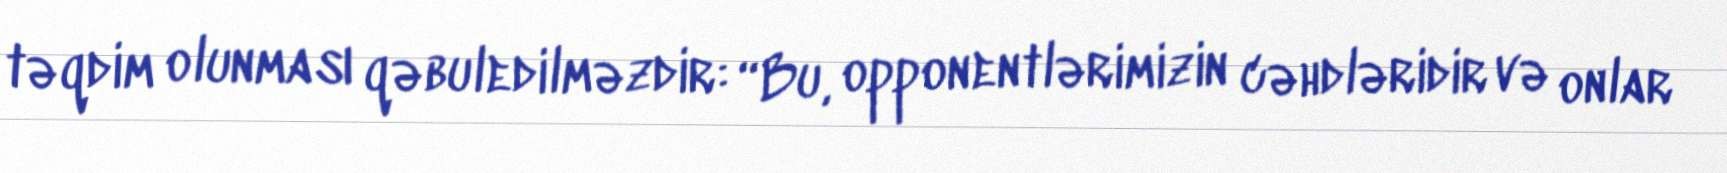
təqdim olunması qəbuledilməzdir: “Bu, opponentlərimizin cəhdləridir və onlar